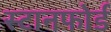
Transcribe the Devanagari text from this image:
स्टानफोर्ड